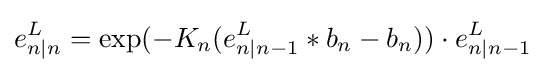
e_{n|n}^{L}=\exp(-K_{n}(e_{n|n-1}^{L}*b_{n}-b_{n}))\cdot e_{n|n-1}^{L}